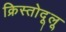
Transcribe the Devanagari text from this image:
क्रिस्तोदूलू